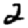
Digit: 2